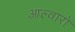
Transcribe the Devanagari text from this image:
आल्वारों